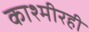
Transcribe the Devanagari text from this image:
काश्मीरही